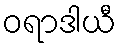
ဝရာဒါယီ